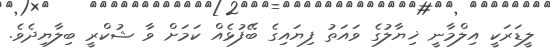
ލީޑަރަކީ އިލްމާނީ ޚިޔާލުގެ ވައަތު ފިޔައިގެ ބޭފުޅެއް ކަމަށް ވާ ޝުކްރީ ބިލާޔިދެވެ.